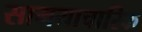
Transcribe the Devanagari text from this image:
सामयाचारिक